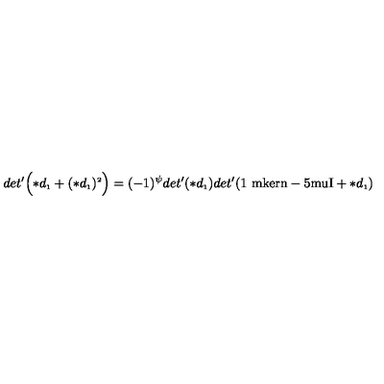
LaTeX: d e t ^ { \prime } \Bigl ( \ast d _ { \scriptscriptstyle 1 } + ( \ast d _ { \scriptscriptstyle 1 } ) ^ { \scriptscriptstyle 2 } \Bigr ) = ( - 1 ) ^ { \psi } d e t ^ { \prime } ( \ast d _ { \scriptscriptstyle 1 } ) d e t ^ { \prime } ( \mathrm { 1 \ m k e r n - 5 m u I } + \ast d _ { \scriptscriptstyle 1 } )